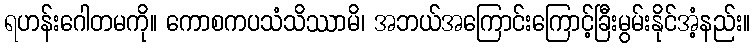
ရဟန်းဂေါတမကို။ ကောစကပသံသိဿာမိ၊ အဘယ်အကြောင်းကြောင့်ခြီးမွမ်းနိုင်အံ့နည်း။